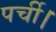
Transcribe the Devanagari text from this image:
पर्ची।